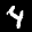
Label: 4